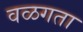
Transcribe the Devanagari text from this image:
वळगता